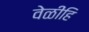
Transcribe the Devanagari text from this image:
वेळींहि